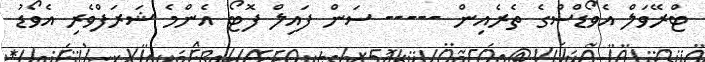
ޓްރޭވަލްް އެވޯޑްސްގެ ތެރެއިން ----- ސަން ފައިލް ފޮޓޯ އެންމެ ޝަރަފްވެރި އެވޯޑު